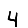
Digit: 4